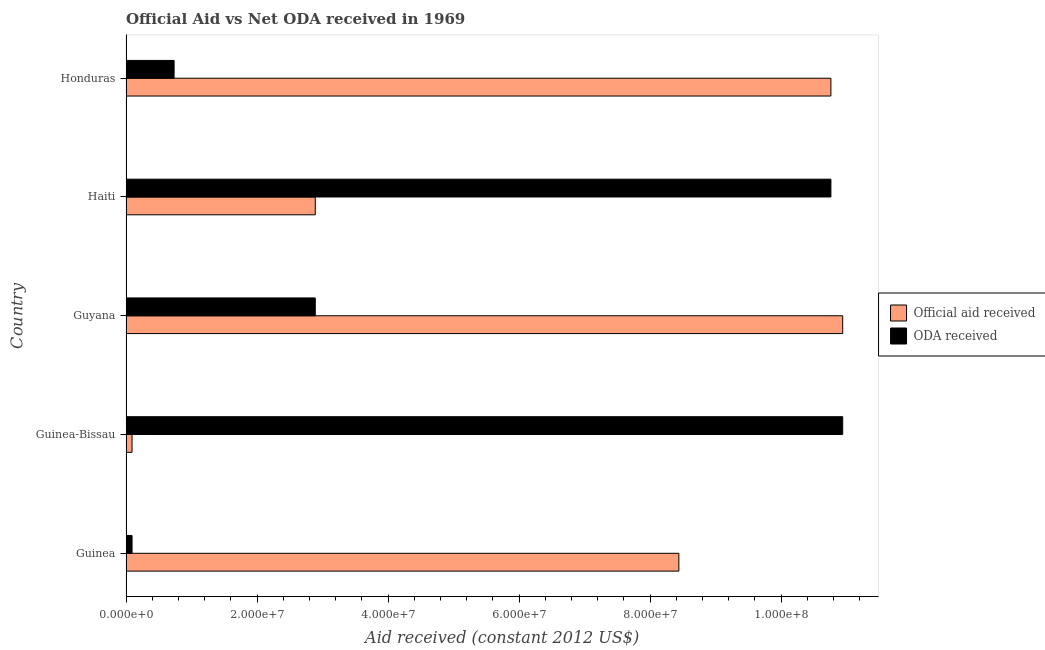
| Country | Official aid received | ODA received |
 | --- | --- | --- |
 | Guinea | 8.44e+07 | 9.2e+05 |
 | Guinea-Bissau | 9.2e+05 | 1.09e+08 |
 | Guyana | 1.09e+08 | 2.89e+07 |
 | Haiti | 2.89e+07 | 1.08e+08 |
 | Honduras | 1.08e+08 | 7.34e+06 |